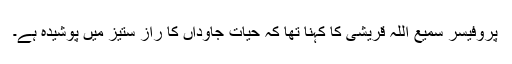
پروفیسر سمیع اللہ قریشی کا کہنا تھا کہ حیات جاوداں کا راز ستیز میں پوشیدہ ہے۔